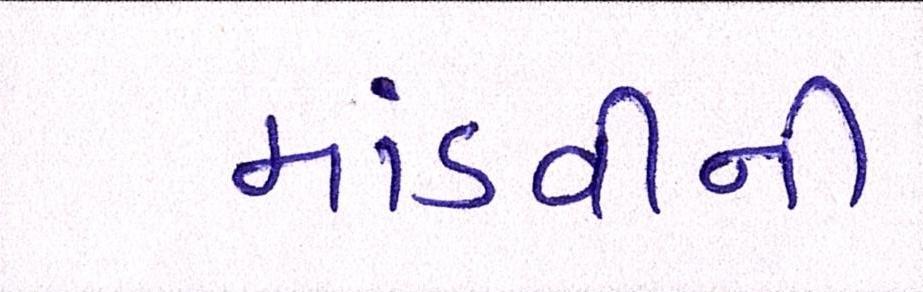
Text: માંડવીની